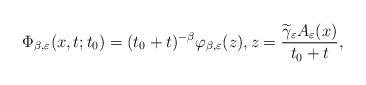
LaTeX: \begin{align*}\Phi_{\beta,\varepsilon}(x,t; t_0)=(t_0+t)^{-\beta}\varphi_{\beta,\varepsilon}(z), z=\frac{\widetilde{\gamma}_\varepsilon A_\varepsilon(x)}{t_0+t},\end{align*}